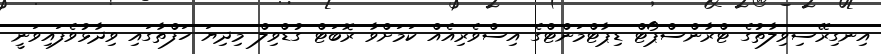
އިނގިރޭސިވިލާތުގެ ޓްރާންސްޕޯޓް ޑިޕާޓްމަންޓްގެ އިސްވެރިއެއް ކަމަށްވާ ރޮބަޓް ގުޑްވިލް މިދިޔަ ހަފްތާގައި ވިދާޅުވެފައިވަނީ